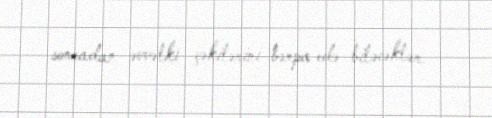
sonradan əvvəlki çəkilərini bərpa edə biləcəklər.